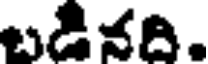
బడినది.